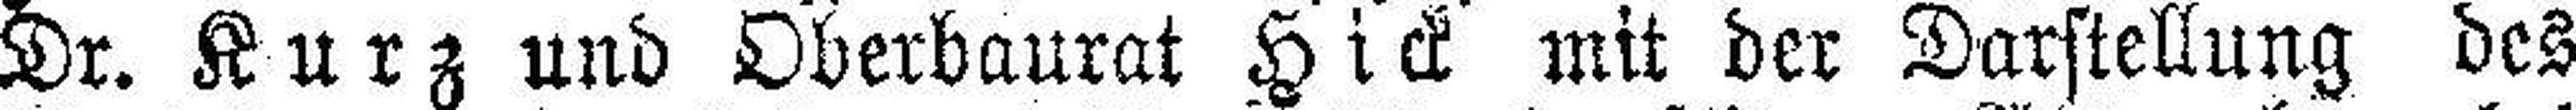
Dr. Kurz und Oberbaurat Hick mit der Darstellung des